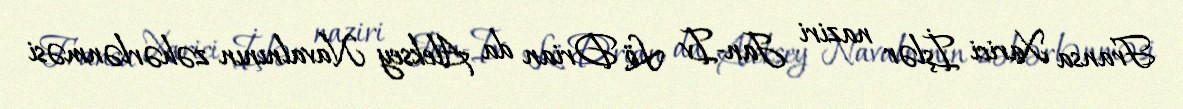
Fransa Xarici İşlər naziri Jan-Iv Lö Drian da Aleksey Navalnının zəhərlənməsi